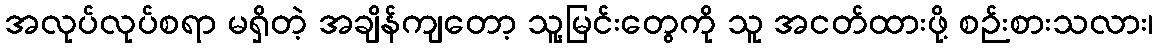
အလုပ်လုပ်စရာ မရှိတဲ့ အချိန်ကျတော့ သူ့မြင်းတွေကို သူ အငတ်ထားဖို့ စဉ်းစားသလား၊